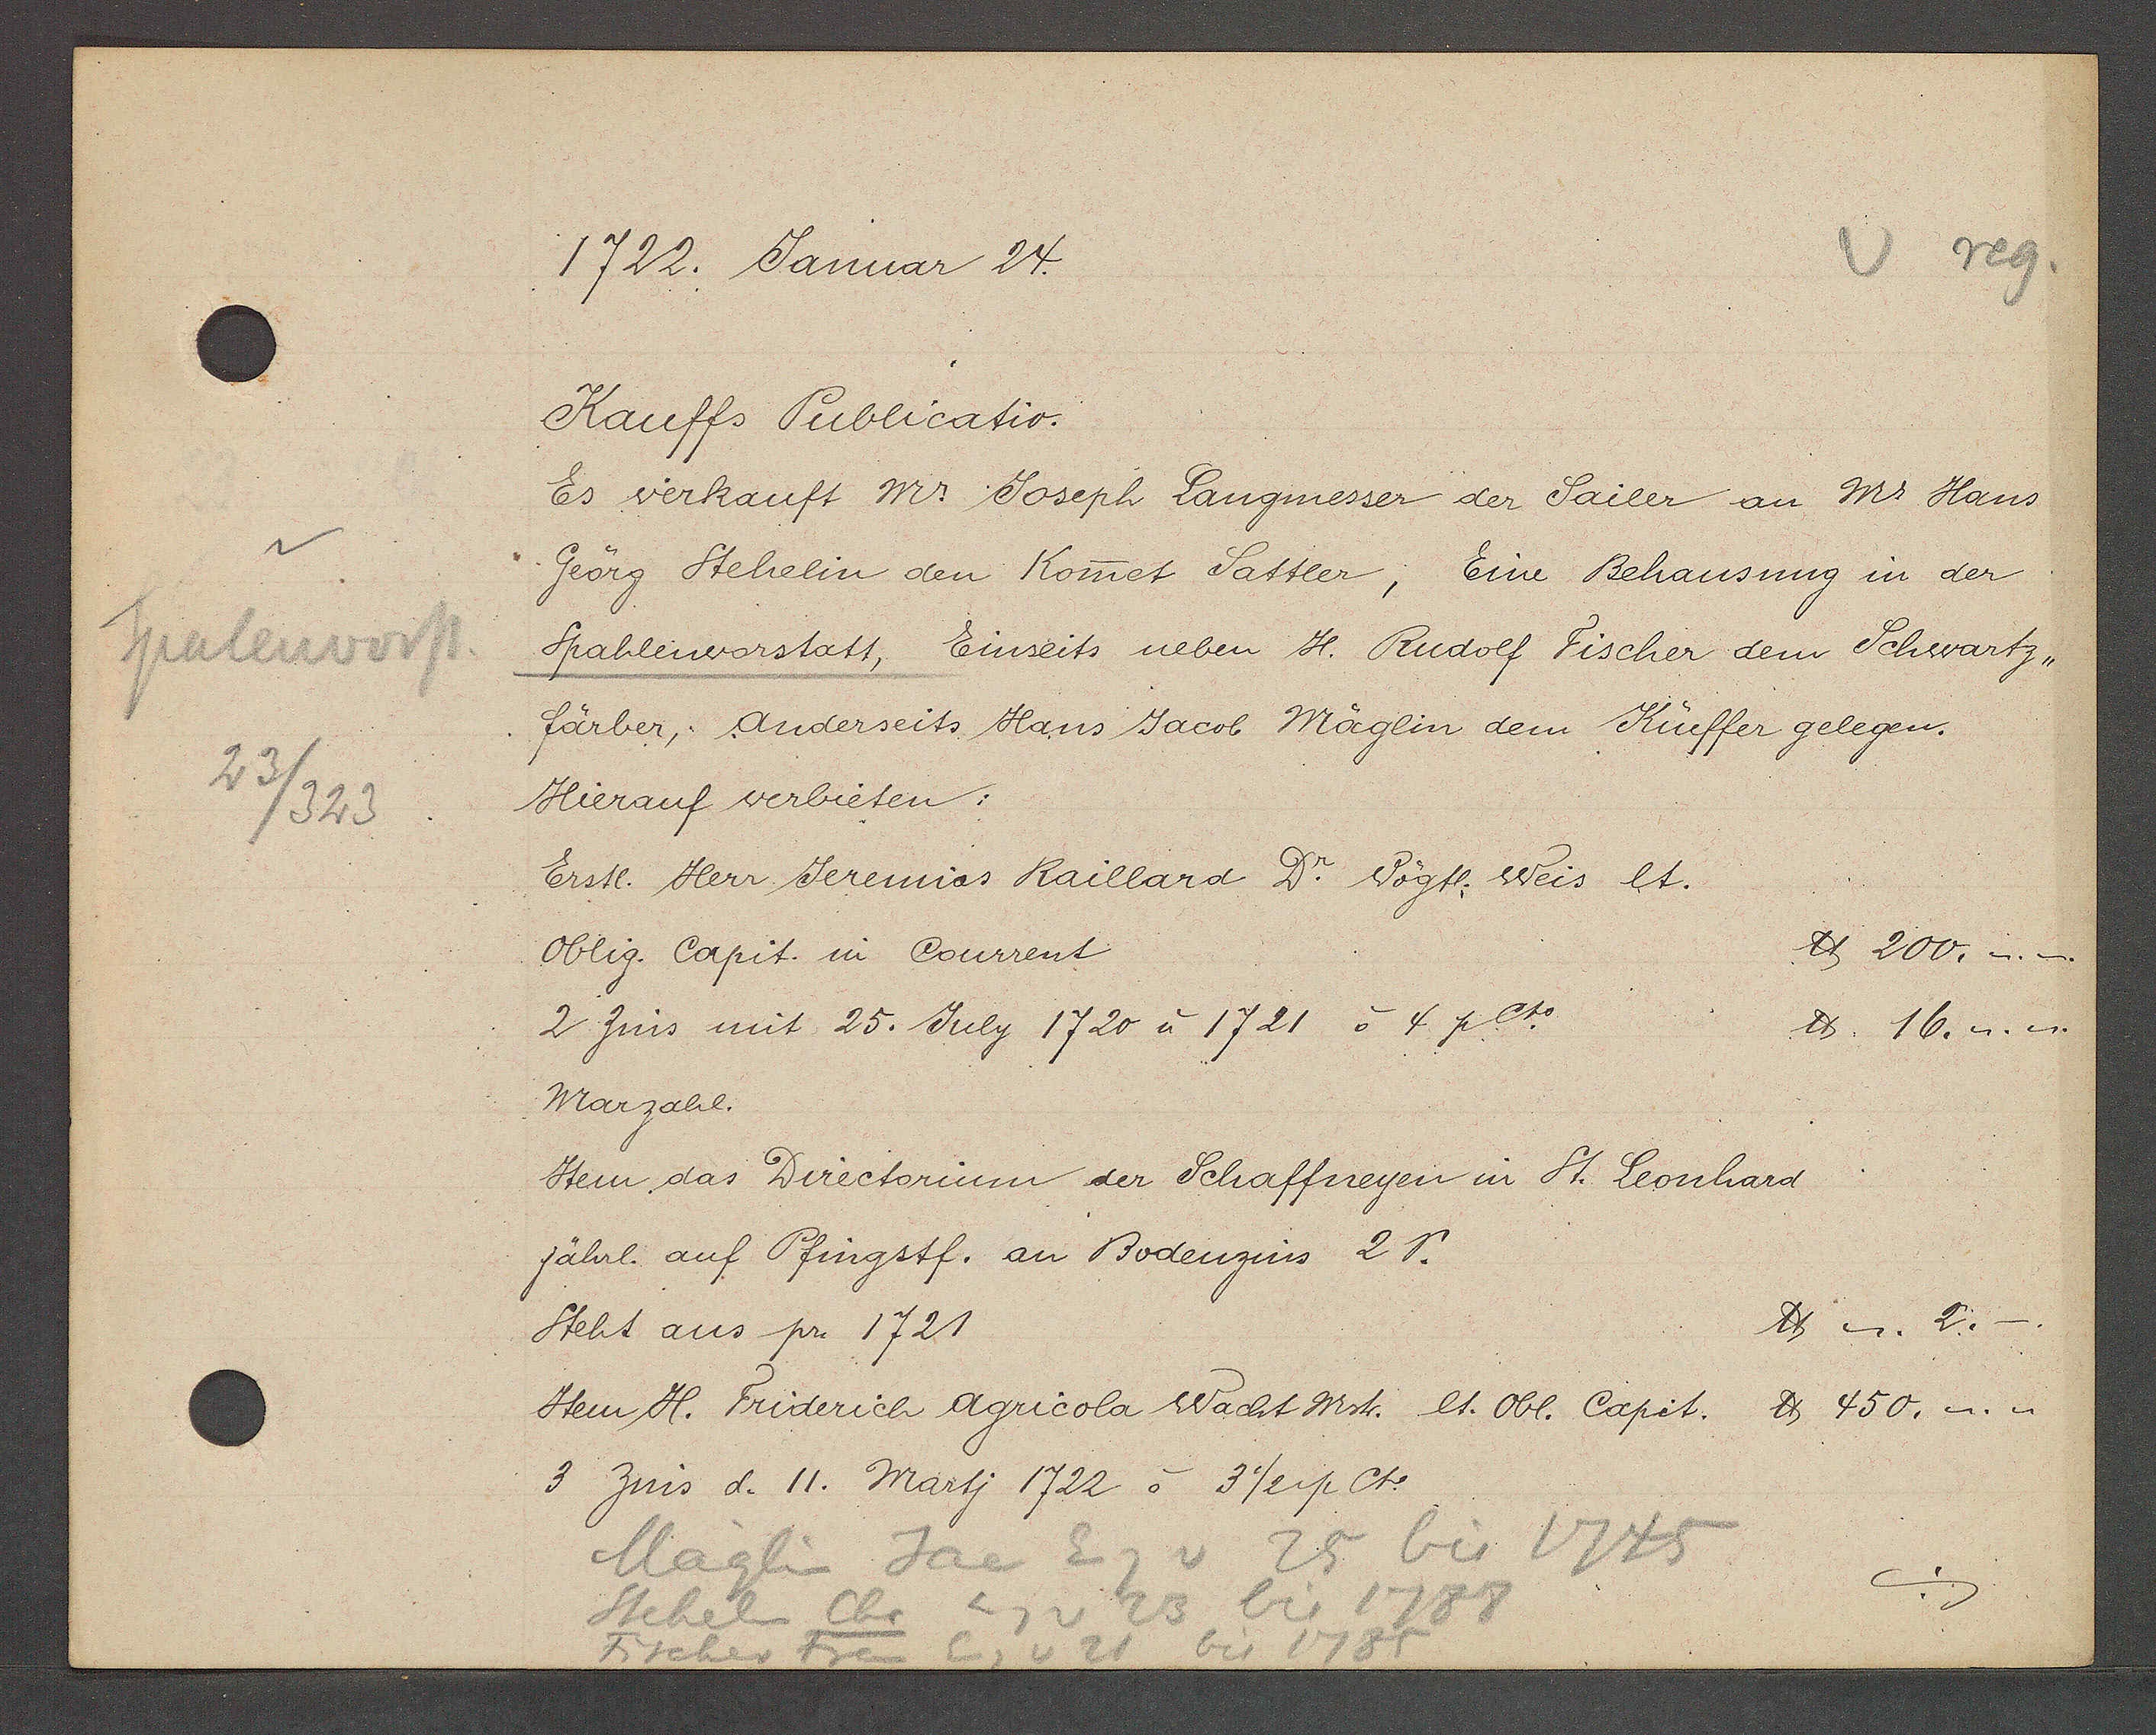
Transcript:
Spalenvorst
23/323

1722. Januar 24.

Kauffs Publicatio.
Es verkauft Mr Joseph Langmesser der Sailer an Mr Hans
Geörg Stehelin den Komet Sattler, Eine Behausung in der
Spahlenvorstatt, Einseits neben H. Rudolf Fischer dem Schwartz¬
färber, anderseits Hans Jacob Mäglin dem Küeffer gelegen.
Hierauf verbieten:
Erstl. Herr Jeremias Raillard Dr. Vögte. Weis et.
℔ 200. _._.
Oblig. Capit. in Courrent
2 Zins mit 25. July 1720 à 1721 o 4 p et.
℔. 16. _._.
Marzahl.
Item das Directorium der Schaffneyen in St. Leonhard
jährl. auf Pfingstf. an Bodenzins 2 s.
℔ _. 2.
Steht aus pr. 1721
Item H. Friderich agricola Wacht Mstr. et. Obl. Capit. ℔ 450._._
3 zins d. 11. Martj 1722 3/rise ct.

Maglin Jac Eg v 25 bis 1745
Steheln Chr Eg v 23 bis 1788
Fischer Frei Eg v 21 bis 1785